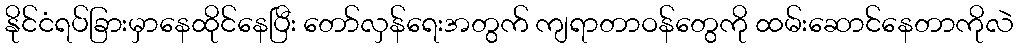
နိုင်ငံရပ်ခြားမှာနေထိုင်နေပြီး တော်လှန်ရေးအတွက် ကျရာတာဝန်တွေကို ထမ်းဆောင်နေတာကိုလဲ